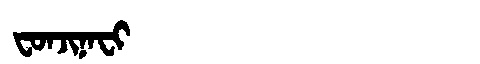
Manchu: ᠸᠣᠨᠵᡳᠨᠠᠸᡳ
Romanization: FONJINAFI